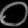
Digit: ၀